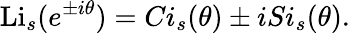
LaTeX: \operatorname{Li}_{s}(e^{\pm i\theta})=Ci_{s}(\theta)\pm iSi_{s}(\theta).